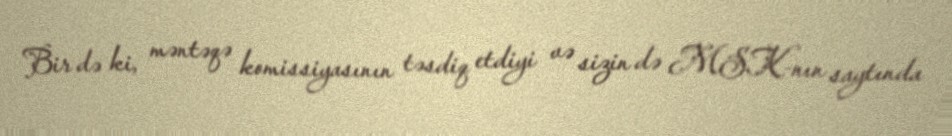
Bir də ki, məntəqə komissiyasının təsdiq etdiyi və sizin də MSK-nın saytında